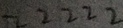
2 2 2 2 2